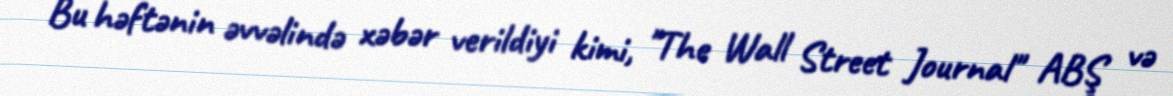
Bu həftənin əvvəlində xəbər verildiyi kimi, "The Wall Street Journal" ABŞ və